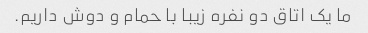
ما یک اتاق دو نفره زیبا با حمام و دوش داریم.